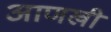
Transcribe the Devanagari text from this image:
अाणखी